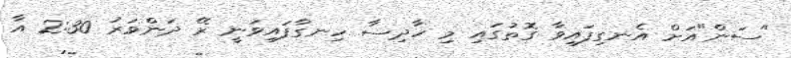
"ސަން"އަށް އެނގިފައިވާ ގޮތުގައި މި ހާދިސާ ހިނގާފައިވަނީ ރޭ ދަންވަރު 2:30 އާ